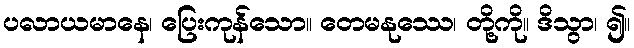
ပလာယမာနေ၊ ပြေးကုန်သော။ တေမနုဿေ၊ တို့ကို။ ဒိသွာ၊ ၍။